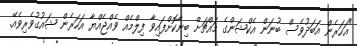
"އަހަރެން އަބަދުވެސް ބުނަން އެކްޝަންގެ މައްޗަށް ބިނާކޮށްފައިވާ ފިލްމެއް ވެއްޖެއްޔާ އަހަރެން ޝައުގުވެރިވެއޭ.